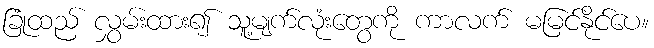
ခြုံထည် လွှမ်းထား၍ သူ့မျက်လုံးတွေကို ကာလက် မမြင်နိုင်ပေ။